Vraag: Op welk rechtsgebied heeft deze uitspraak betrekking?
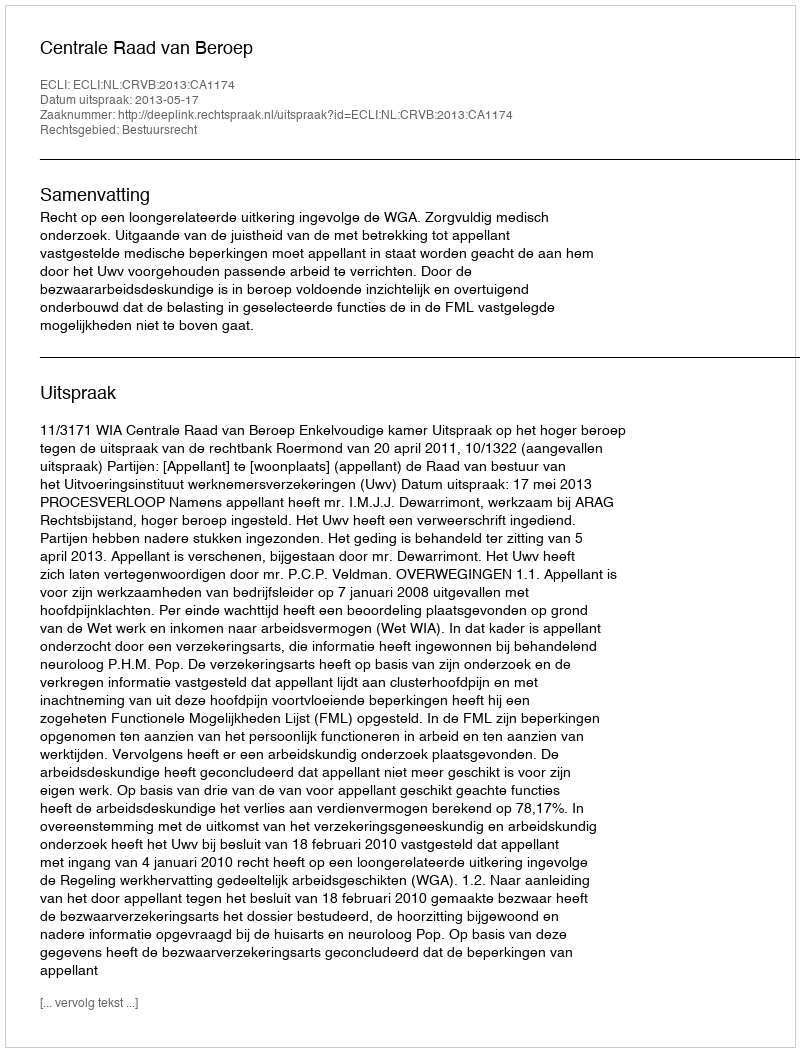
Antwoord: Bestuursrecht